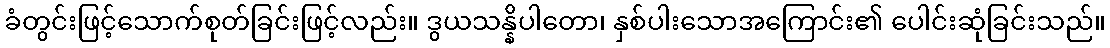
ခံတွင်းဖြင့်သောက်စုတ်ခြင်းဖြင့်လည်း။ ဒွယသန္နိပါတော၊ နှစ်ပါးသောအကြောင်း၏ ပေါင်းဆုံခြင်းသည်။